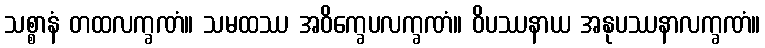
သစ္စာနံ တထလက္ခဏံ။ သမထဿ အဝိက္ခေပလက္ခဏံ။ ဝိပဿနာယ အနုပဿနာလက္ခဏံ။